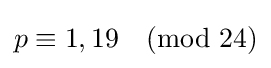
p\equiv 1,19{\pmod {24}}